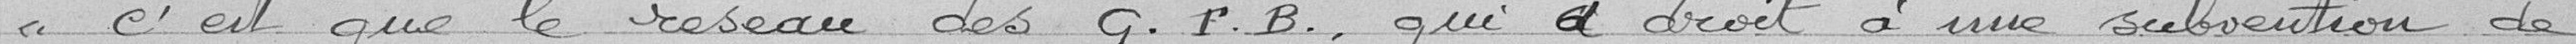
c'est que le réseau des C. T.B ., qui a droit à une subvention de